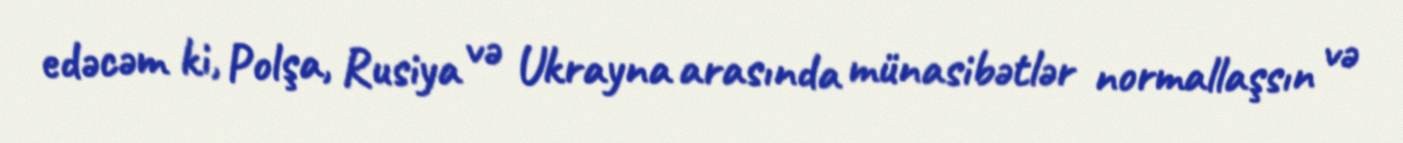
edəcəm ki, Polşa, Rusiya və Ukrayna arasında münasibətlər normallaşsın və